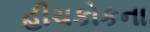
હીચકોકના